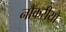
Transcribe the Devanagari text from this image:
नौकरीयो